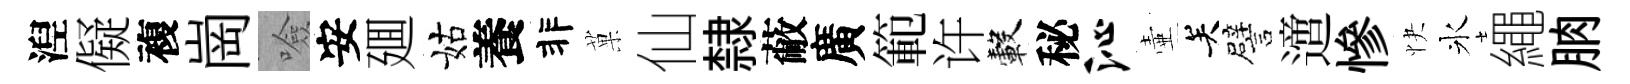
湼儗複崗噞安廽姑養非菓仙隸蔽廣範许轂秘沁壷关譬𨗁慘快氷繩朒